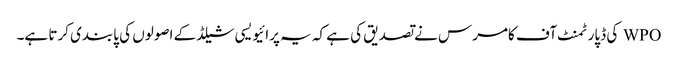
WPO کی ڈپارٹمنٹ آف کامرس نے تصدیق کی ہے کہ یہ پرائیویسی شیلڈ کے اصولوں کی پابندی کرتا ہے۔